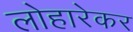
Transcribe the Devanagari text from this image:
लोहारेकर